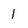
Character: 1